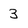
Character: 3